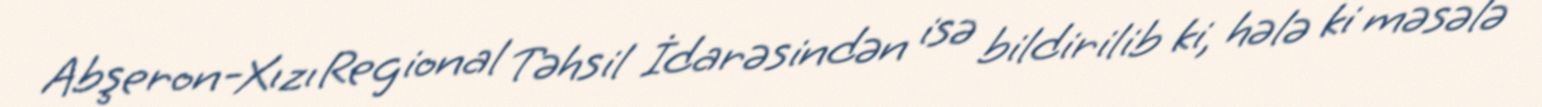
Abşeron-Xızı Regional Təhsil İdarəsindən isə bildirilib ki, hələ ki məsələ